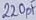
Text: 220pF